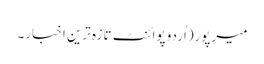
میرپور(اُردو پوائنٹ تازہ ترین اخبار۔